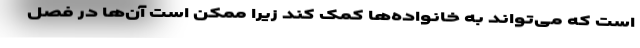
است که می‌تواند به خانواده‌ها کمک کند زیرا ممکن است آن‌ها در فصل